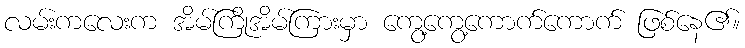
လမ်းကလေးက အိမ်ကြိုအိမ်ကြားမှာ ကွေ့ကွေ့ကောက်ကောက် ဖြစ်နေ၏။